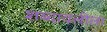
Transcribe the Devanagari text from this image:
शब्दावलीला